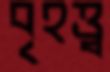
বৃহত্ত্ব